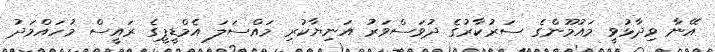
އޭނާ ވިދާޅުވީ މައުމޫންގެ ސަރުކާރުގެ ދުވަސްވަރު އަނިޔާކުރި މައްސަލަ އެމްޑީޕީގެ ރައީސް މުހައްމަދު